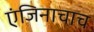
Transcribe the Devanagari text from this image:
एंजिनाचाच